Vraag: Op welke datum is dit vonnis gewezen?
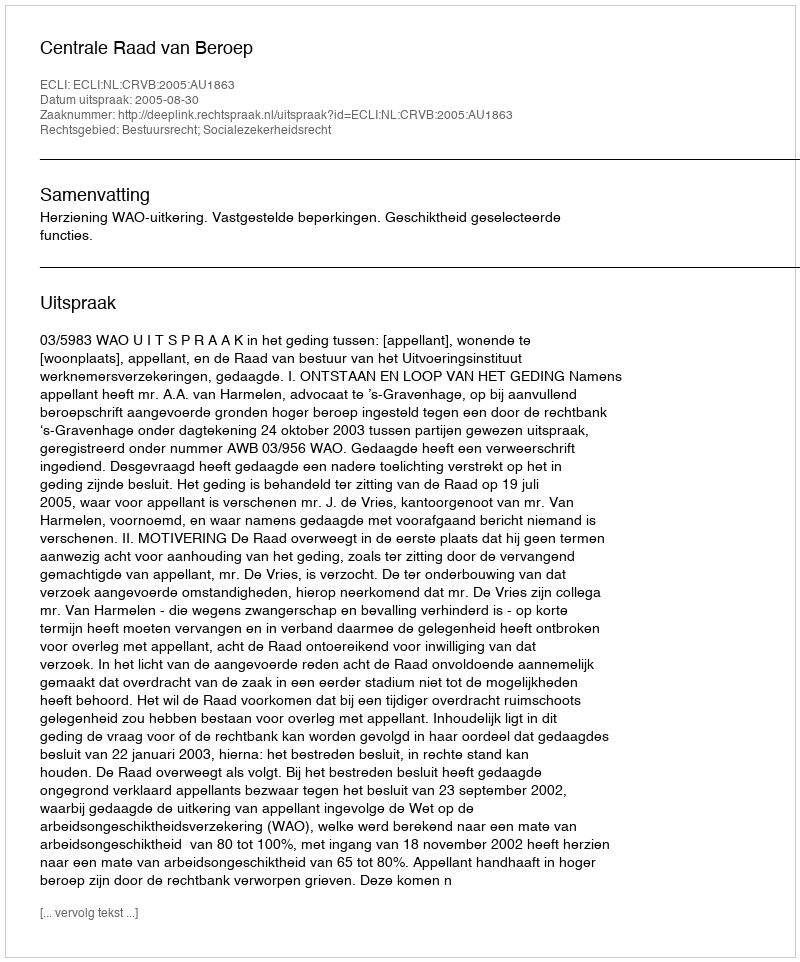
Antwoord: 2005-08-30